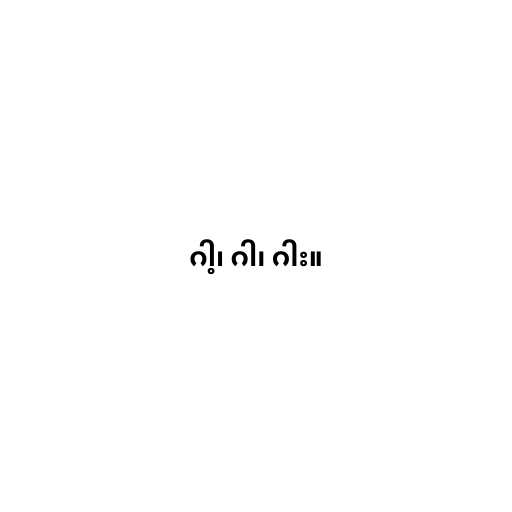
ဂါ့၊ ဂါ၊ ဂါး။